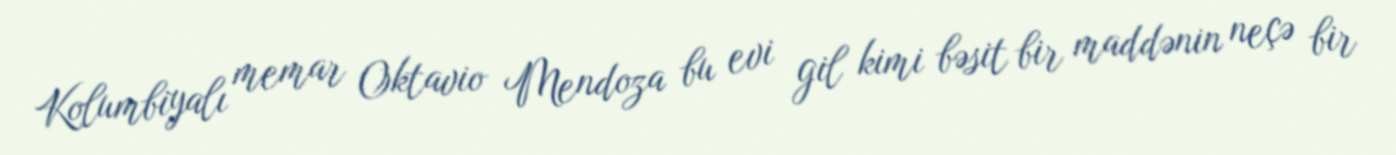
Kolumbiyalı memar Oktavio Mendoza bu evi gil kimi bəsit bir maddənin neçə bir